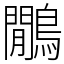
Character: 鷳